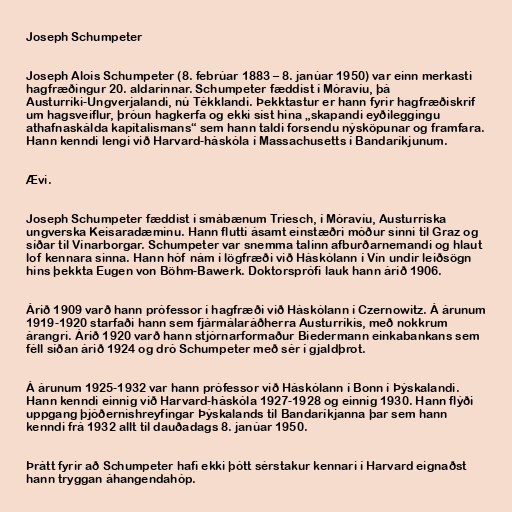
Joseph Schumpeter

Joseph Alois Schumpeter (8. febrúar 1883 – 8. janúar 1950) var einn merkasti
hagfræðingur 20. aldarinnar. Schumpeter fæddist í Móravíu, þá
Austurríki-Ungverjalandi, nú Tékklandi. Þekktastur er hann fyrir hagfræðiskrif
um hagsveiflur, þróun hagkerfa og ekki síst hina „skapandi eyðileggingu
athafnaskálda kapítalismans“ sem hann taldi forsendu nýsköpunar og framfara.
Hann kenndi lengi við Harvard-háskóla í Massachusetts í Bandaríkjunum.

Ævi.

Joseph Schumpeter fæddist í smábænum Triesch, í Móravíu, Austurríska
ungverska Keisaradæminu. Hann flutti ásamt einstæðri móður sinni til Graz og
síðar til Vínarborgar. Schumpeter var snemma talinn afburðarnemandi og hlaut
lof kennara sinna. Hann hóf nám í lögfræði við Háskólann í Vín undir leiðsögn
hins þekkta Eugen von Böhm-Bawerk. Doktorsprófi lauk hann árið 1906.

Árið 1909 varð hann prófessor í hagfræði við Háskólann í Czernowitz. Á árunum
1919-1920 starfaði hann sem fjármálaráðherra Austurríkis, með nokkrum
árangri. Árið 1920 varð hann stjórnarformaður Biedermann einkabankans sem
féll síðan árið 1924 og dró Schumpeter með sér í gjaldþrot.

Á árunum 1925-1932 var hann prófessor við Háskólann í Bonn í Þýskalandi.
Hann kenndi einnig við Harvard-háskóla 1927-1928 og einnig 1930. Hann flýði
uppgang þjóðernishreyfingar Þýskalands til Bandaríkjanna þar sem hann
kenndi frá 1932 allt til dauðadags 8. janúar 1950.

Þrátt fyrir að Schumpeter hafi ekki þótt sérstakur kennari í Harvard eignaðst
hann tryggan áhangendahóp.